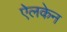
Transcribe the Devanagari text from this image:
ऐलकेन